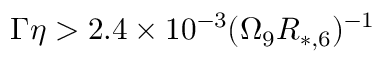
\Gamma \eta > 2 . 4 \times 1 0 ^ { - 3 } ( \Omega _ { 9 } R _ { * , 6 } ) ^ { - 1 }